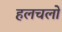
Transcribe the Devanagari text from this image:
हलचलो